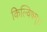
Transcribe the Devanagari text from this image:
किल्विषम्।।